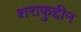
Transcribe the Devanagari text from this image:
शराफुद्दीन